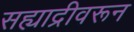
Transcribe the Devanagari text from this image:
सह्याद्रीवरून